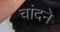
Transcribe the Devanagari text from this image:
चांदने